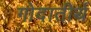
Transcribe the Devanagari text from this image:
गोदातीर्थ